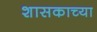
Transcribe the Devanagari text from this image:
शासकाच्या